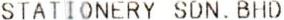
STATIONERY SDN. BHD